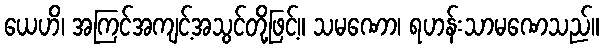
ယေဟိ၊ အကြင်အကျင့်အသွင်တို့ဖြင့်။ သမဏော၊ ရဟန်းသာမဏေသည်။